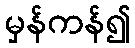
မှန်ကန်၍